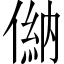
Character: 𠌦